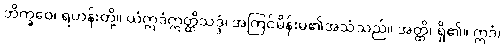
ဘိက္ခဝေ၊ ရဟန်းတို့။ ယံဣဒံဣတ္ထိသဒ္ဒံ၊ အကြင်မိန်းမ၏အသံသည်။ အတ္ထိ၊ ရှိ၏။ ဣဒံ၊